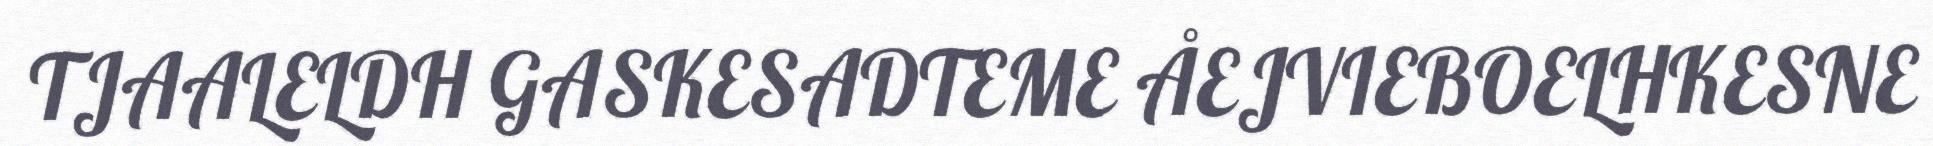
TJAALELDH GASKESADTEME ÅEJVIEBOELHKESNE